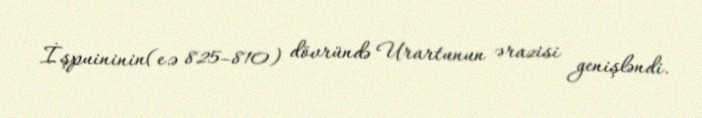
İşpuininin(e.ə 825–810) dövründə Urartunun ərazisi genişləndi.